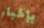
بإخبار